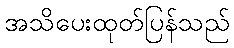
အသိပေးထုတ်ပြန်သည်